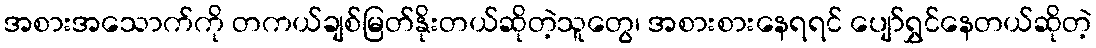
အစားအသောက်ကို တကယ်ချစ်မြတ်နိုးတယ်ဆိုတဲ့သူတွေ၊ အစားစားနေရရင် ပျော်ရွှင်နေတယ်ဆိုတဲ့